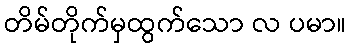
တိမ်တိုက်မှထွက်သော လ ပမာ။